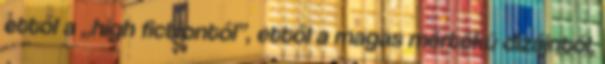
ettől a „high fictiontől”, ettől a magas mértékű dizájntól,